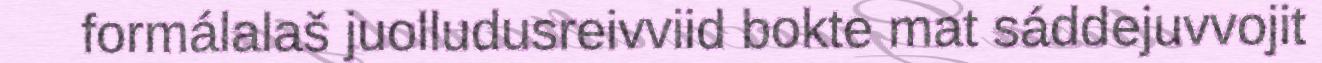
formálalaš juolludusreivviid bokte mat sáddejuvvojit